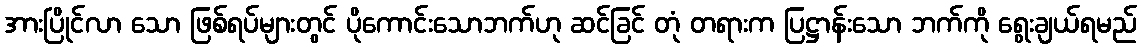
အားပြိုင်လာ သော ဖြစ်ရပ်များတွင် ပိုကောင်းသောဘက်ဟု ဆင်ခြင် တုံ တရားက ပြဋ္ဌာန်းသော ဘက်ကို ရွေးချယ်ရမည်